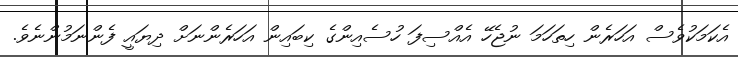
އެކަމަކުވެސް އަހަރެން ހިތަހަމަ ނުޖެހޭ އެއްސިފަ ހުސެއިންގެ ކިބައިން އަހަރެންނަށް ދިޔައީ ފެންނަމުންނެވެ.